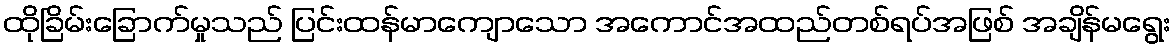
ထိုခြိမ်းခြောက်မှုသည် ပြင်းထန်မာကျောသော အကောင်အထည်တစ်ရပ်အဖြစ် အချိန်မရွေး